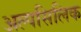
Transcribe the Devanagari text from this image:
अल्पसिलिक